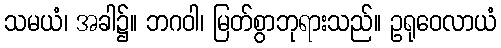
သမယံ၊ အခါ၌။ ဘဂဝါ၊ မြတ်စွာဘုရားသည်။ ဥရုဝေလာယံ